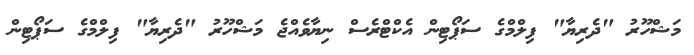
މަޝްހޫރު "ދެރިޔާ" ފިލްމްގެ ސަޕޯޓިން އެކްޓްރެސް ނިޔާވެއްޖެ މަޝްހޫރު "ދެރިޔާ" ފިލްމްގެ ސަޕޯޓިން